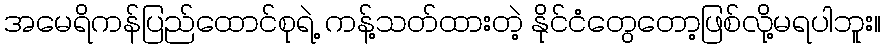
အမေရိကန်ပြည်ထောင်စုရဲ့ ကန့်သတ်ထားတဲ့ နိုင်ငံတွေတော့ဖြစ်လို့မရပါဘူး။